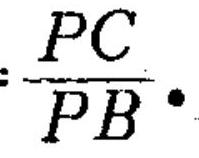
$\dfrac{PC}{PB}\cdot$